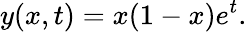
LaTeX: y(x,t)=x(1-x)e^{t}.